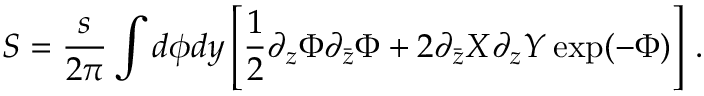
S = \frac { s } { 2 \pi } \int d \phi d y \left[ \frac 1 2 \partial _ { z } \Phi \partial _ { \bar { z } } \Phi + 2 \partial _ { \bar { z } } X \partial _ { z } Y \exp ( - \Phi ) \right] \, .